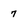
Character: 7